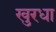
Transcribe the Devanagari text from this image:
खुरधा